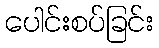
ပေါင်းစပ်ခြင်း